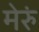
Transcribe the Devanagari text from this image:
मेरुं